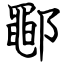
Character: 鄳